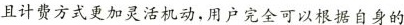
且计费方式更加灵活机动，用户完全可以根据自身的